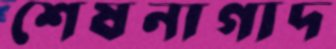
শেষনাগাদ